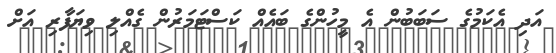
އަދި އެކަމުގެ ސަބަބުން އެ މީހުންގެ ބައެއް ކަސްޓަމަރުން ގެއްލި ވިޔަފާރި އަށް